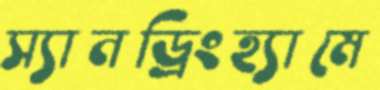
স্যানড্রিংহ্যামে